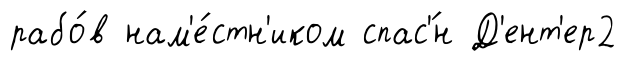
рабо́в нам'е́стн'иком спас'́н Д'ент'ер2